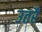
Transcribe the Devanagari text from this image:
उतरैं